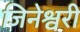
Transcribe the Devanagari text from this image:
जिनेश्वरी